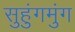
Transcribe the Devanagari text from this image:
सुहुंगमुंग